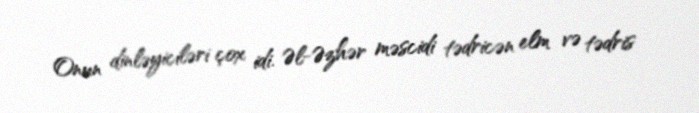
Onun dinləyiciləri çox idi. Əl-Əzhər məscidi tədricən elm və tədris